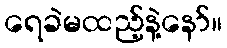
ရေခဲမထည့်နဲ့နော်။